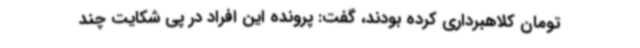
تومان کلاهبرداری کرده بودند، گفت: پرونده این افراد در پی شکایت چند